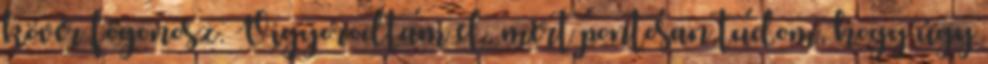
kövér főgonosz. Vigyorodtam el, mert pontosan tudom, hogy úgy